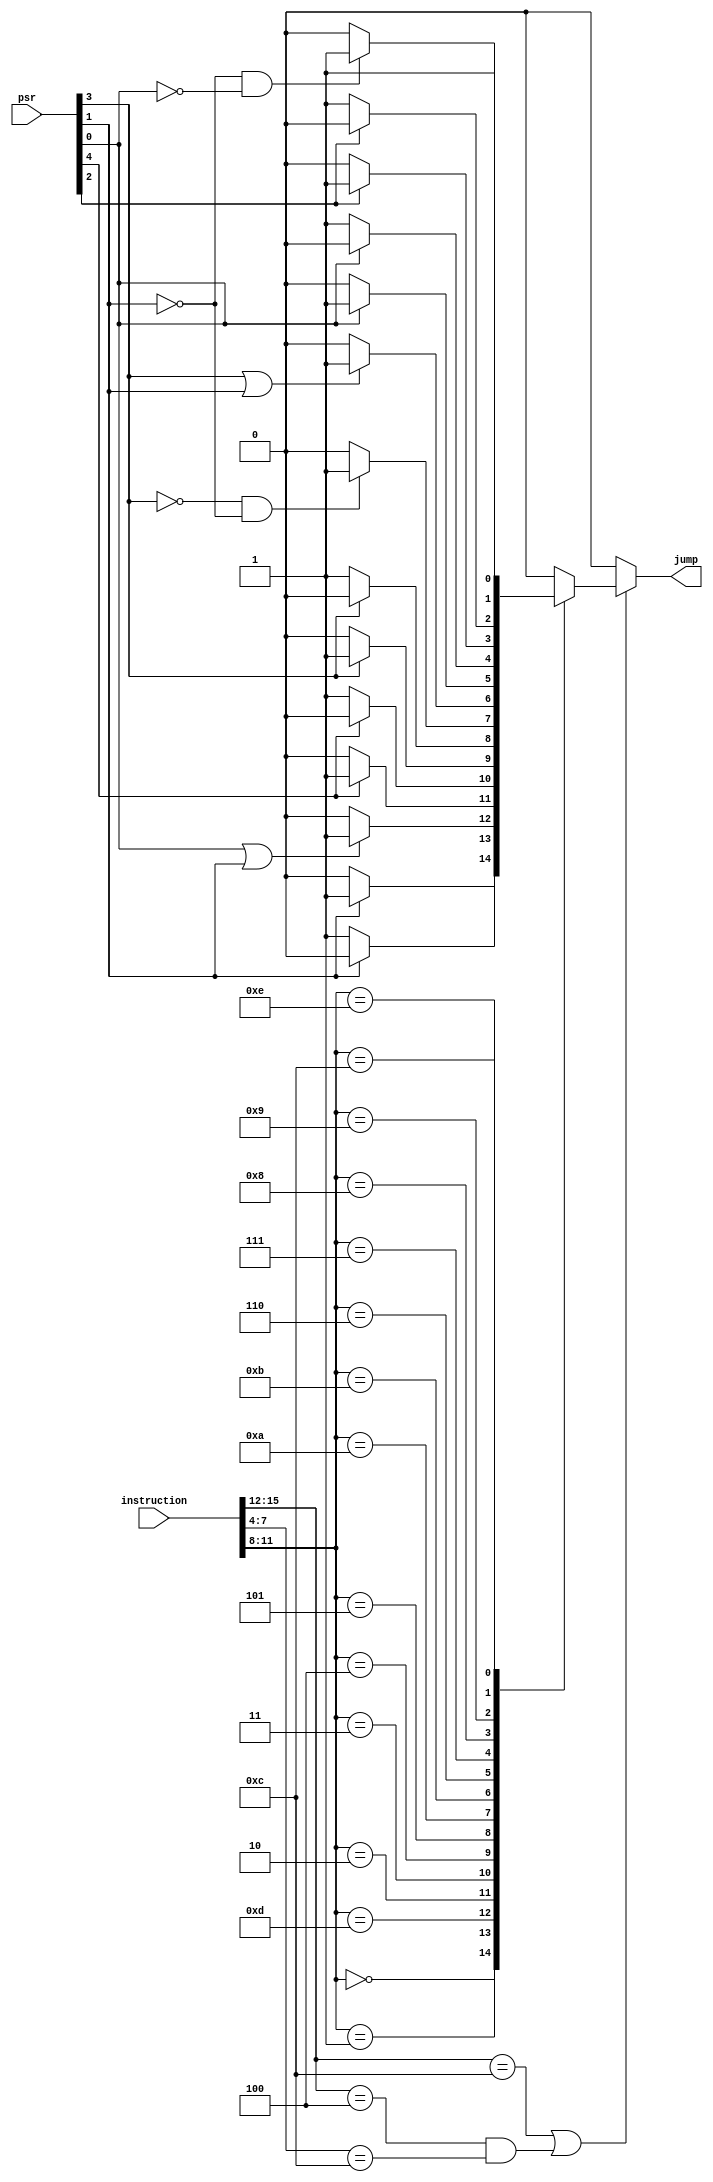
// Module named 'Decoder' is declared here with input and output ports
module cmpDecoder(
    input wire [15:0] instruction,  // 8-bit input named 'a'
	 input wire [4:0] psr,
    output reg jump  // 1 == jump ;;;; 0 == no jump
);
//           4 3 2 1 0
// PSR ===== C L F Z N

// ALU opcode decoding
always@(*) begin
	if(instruction[15:12] == 4'b1100 || ((instruction[15:12] == 4'b0100) && (instruction[7:4] == 4'b1100))) //in jump or branch conditional op codes
	case(instruction[11:8])
			4'b0000: jump <= psr[1] ? 1'b1 : 1'b0; //equal
			4'b0001: jump <= ~psr[1]? 1'b1 : 1'b0 ; //not equal
			
			4'b1101: jump <= (psr[0] | psr[1]) ? 1'b1 : 1'b0; //   >=
			
			4'b0010:  jump <= (psr[4]) ? 1'b1 : 1'b0; //carry set
			4'b0011: jump <= (~psr[4]) ? 1'b1 : 1'b0; //carry clear
			
			4'b0100: jump <= (psr[3]) ? 1'b1 : 1'b0; //higher than
			4'b0101: jump <= (~psr[3]) ? 1'b1 : 1'b0; // lower than/ same as
			
			4'b1010: jump <= (~psr[3] & ~psr[1]) ? 1'b1 : 1'b0; //lower than
			4'b1011: jump <= (psr[3] | psr[1]) ? 1'b1 : 1'b0; //higher than // same as
			
			4'b0110: jump <= (psr[0]) ? 1'b1 : 1'b0; //greater than
			4'b0111: jump <= (~psr[0]) ? 1'b1 : 1'b0; // less than or equal
			
			4'b1000: jump <= (psr[2]) ? 1'b1 : 1'b0; //flag set
			4'b1001: jump <= (~psr[2]) ? 1'b1 : 1'b0; //flag clear
			
			4'b1100: jump <= (~psr[1] & ~psr[0]) ? 1'b1 : 1'b0; //less than 
			4'b1110: jump <= 1'b1; // unconditional
			
			default:  jump <= 1'b0; // Should never get here.
		
	endcase
	else
		jump <= 1'b0;
end

endmodule